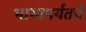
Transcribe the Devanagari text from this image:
भागापर्यतचे